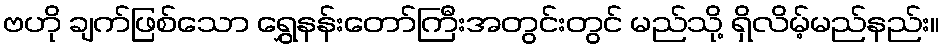
ဗဟို ချက်ဖြစ်သော ရွှေနန်းတော်ကြီးအတွင်းတွင် မည်သို့ ရှိလိမ့်မည်နည်း။